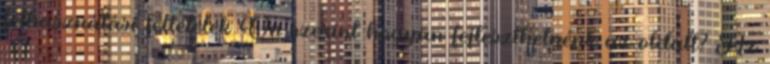
felhasználási feltételek Ön szerint hogyan fejleszthetnénk az oldalt? Az